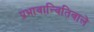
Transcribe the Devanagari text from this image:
प्रभावान्वितिवाले